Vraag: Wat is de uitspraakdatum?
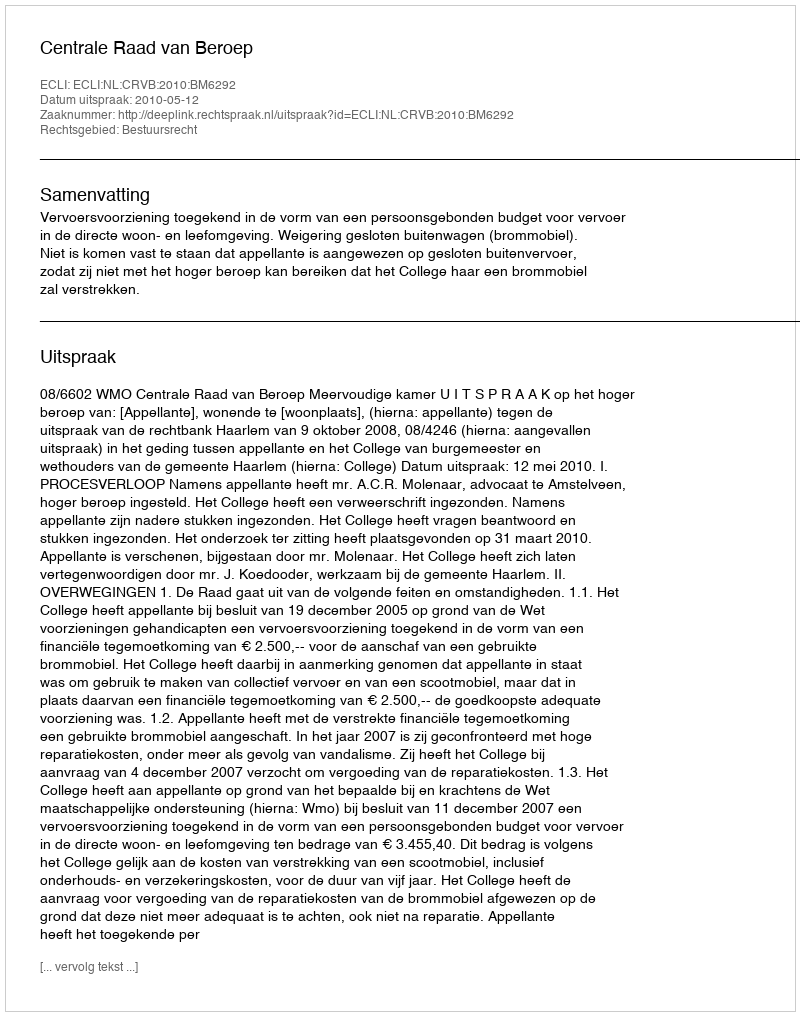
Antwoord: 2010-05-12